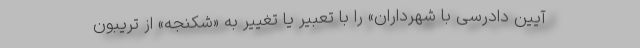
آیین دادرسی با شهرداران» را با تعبیر یا تغییر به «‌شکنجه» از تریبون